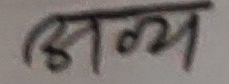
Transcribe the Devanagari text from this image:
अल्य